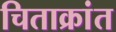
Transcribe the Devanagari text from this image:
चिताक्रांत